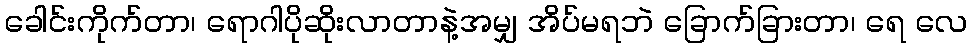
ခေါင်းကိုက်တာ၊ ရောဂါပိုဆိုးလာတာနဲ့အမျှ အိပ်မရဘဲ ခြောက်ခြားတာ၊ ရေ လေ